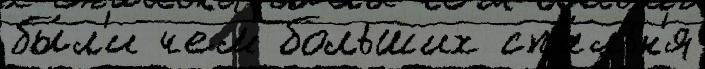
бы́л'и чем больших спа́льн'я